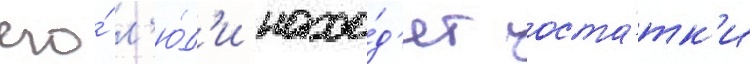
его́ л'ю́д'и нахо́д'ят оста́тк'и